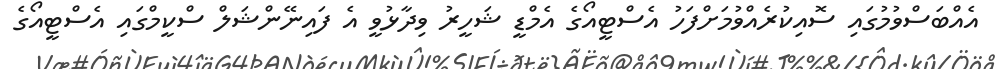
އެއްބަސްވުމުގައި ސޮއިކުރެއްވުމަށްފަހު އެސްޓީއޯގެ އެމްޑީ ޝަހީރު ވިދާޅުވީ އެ ފައިނޭންޝަލް ސްކީމްގައި އެސްޓީއޯގެ